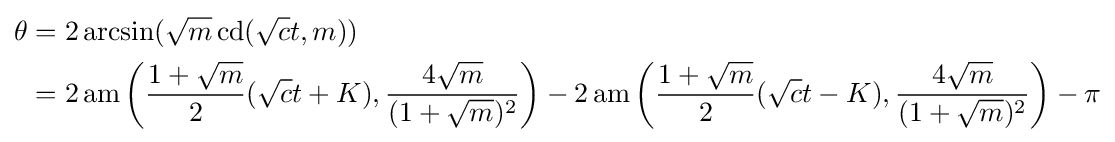
{\begin{aligned}\theta &=2\arcsin({\sqrt {m}}\operatorname {cd} ({\sqrt {c}}t,m))\\&=2\operatorname {am} \left({\frac {1+{\sqrt {m}}}{2}}({\sqrt {c}}t+K),{\frac {4{\sqrt {m}}}{(1+{\sqrt {m}})^{2}}}\right)-2\operatorname {am} \left({\frac {1+{\sqrt {m}}}{2}}({\sqrt {c}}t-K),{\frac {4{\sqrt {m}}}{(1+{\sqrt {m}})^{2}}}\right)-\pi \end{aligned}}